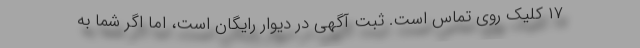
۱۷ کلیک روی تماس است. ثبت آگهی در دیوار رایگان است، اما اگر شما به